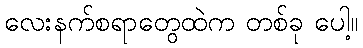
လေးနက်စရာတွေထဲက တစ်ခု ပေါ့။